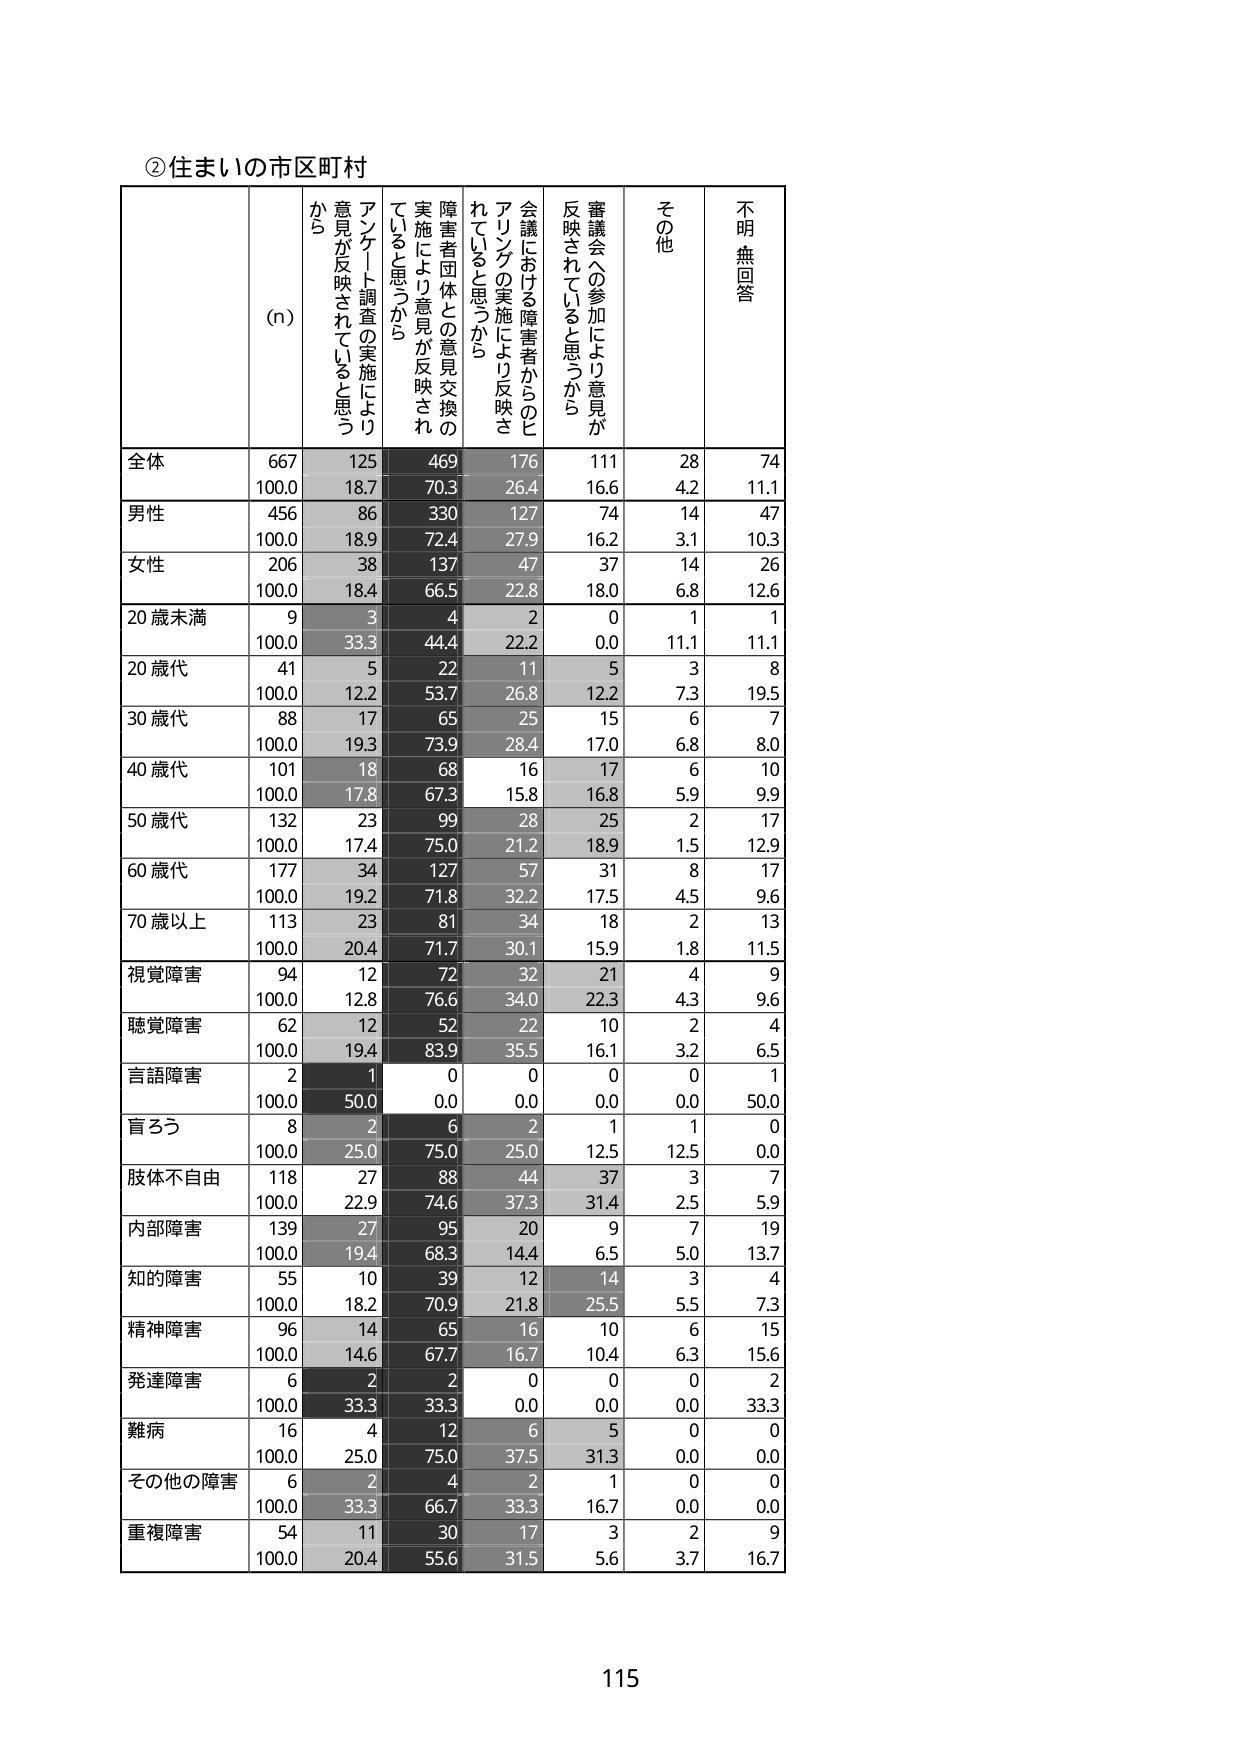
②住まいの市区町村

(n) アンケート調査の実施により意見が反映されていると思うから 障害者団体との意見交換の実施により意見が反映されていると思うから 会議における障害者からのヒアリングの実施により反映されていると思うから 審議会への参加により意見が反映されていると思うから その他 不明・無回答

全体 667 125 469 176 111 28 74
100.0 18.7 70.3 26.4 16.6 4.2 11.1

男性 456 86 330 127 74 14 47
100.0 18.9 72.4 27.9 16.2 3.1 10.3

女性 206 38 137 47 37 14 26
100.0 18.4 66.5 22.8 18.0 6.8 12.6

20歳未満 9 3 4 2 0 1 1
100.0 33.3 44.4 22.2 0.0 11.1 11.1

20歳代 41 5 22 11 5 3 8
100.0 12.2 53.7 26.8 12.2 7.3 19.5

30歳代 88 17 65 25 15 6 7
100.0 19.3 73.9 28.4 17.0 6.8 8.0

40歳代 101 18 68 16 17 6 10
100.0 17.8 67.3 15.8 16.8 5.9 9.9

50歳代 132 23 99 28 25 2 17
100.0 17.4 75.0 21.2 18.9 1.5 12.9

60歳代 177 34 127 57 31 8 17
100.0 19.2 71.8 32.2 17.5 4.5 9.6

70歳以上 113 23 81 34 18 2 13
100.0 20.4 71.7 30.1 15.9 1.8 11.5

視覚障害 94 12 72 32 21 4 9
100.0 12.8 76.6 34.0 22.3 4.3 9.6

聴覚障害 62 12 52 22 10 2 4
100.0 19.4 83.9 35.5 16.1 3.2 6.5

言語障害 2 1 0 0 0 0 1
100.0 50.0 0.0 0.0 0.0 0.0 50.0

盲ろう 8 2 6 2 1 1 0
100.0 25.0 75.0 25.0 12.5 12.5 0.0

肢体不自由 118 27 88 44 37 3 7
100.0 22.9 74.6 37.3 31.4 2.5 5.9

内部障害 139 27 95 20 9 7 19
100.0 19.4 68.3 14.4 6.5 5.0 13.7

知的障害 55 10 39 12 14 3 4
100.0 18.2 70.9 21.8 25.5 5.5 7.3

精神障害 96 14 65 16 10 6 15
100.0 14.6 67.7 16.7 10.4 6.3 15.6

発達障害 6 2 2 0 0 0 2
100.0 33.3 33.3 0.0 0.0 0.0 33.3

難病 16 4 12 6 5 0 0
100.0 25.0 75.0 37.5 31.3 0.0 0.0

その他の障害 6 2 4 2 1 0 0
100.0 33.3 66.7 33.3 16.7 0.0 0.0

重複障害 54 11 30 17 3 2 9
100.0 20.4 55.6 31.5 5.6 3.7 16.7

115